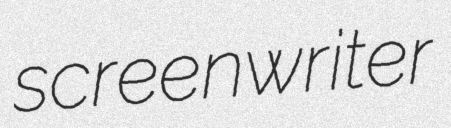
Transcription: screenwriter